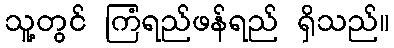
သူ့တွင် ကြံရည်ဖန်ရည် ရှိသည်။